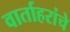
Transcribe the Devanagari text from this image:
वार्ताहरांचे